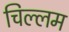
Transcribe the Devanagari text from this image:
चिल्लम